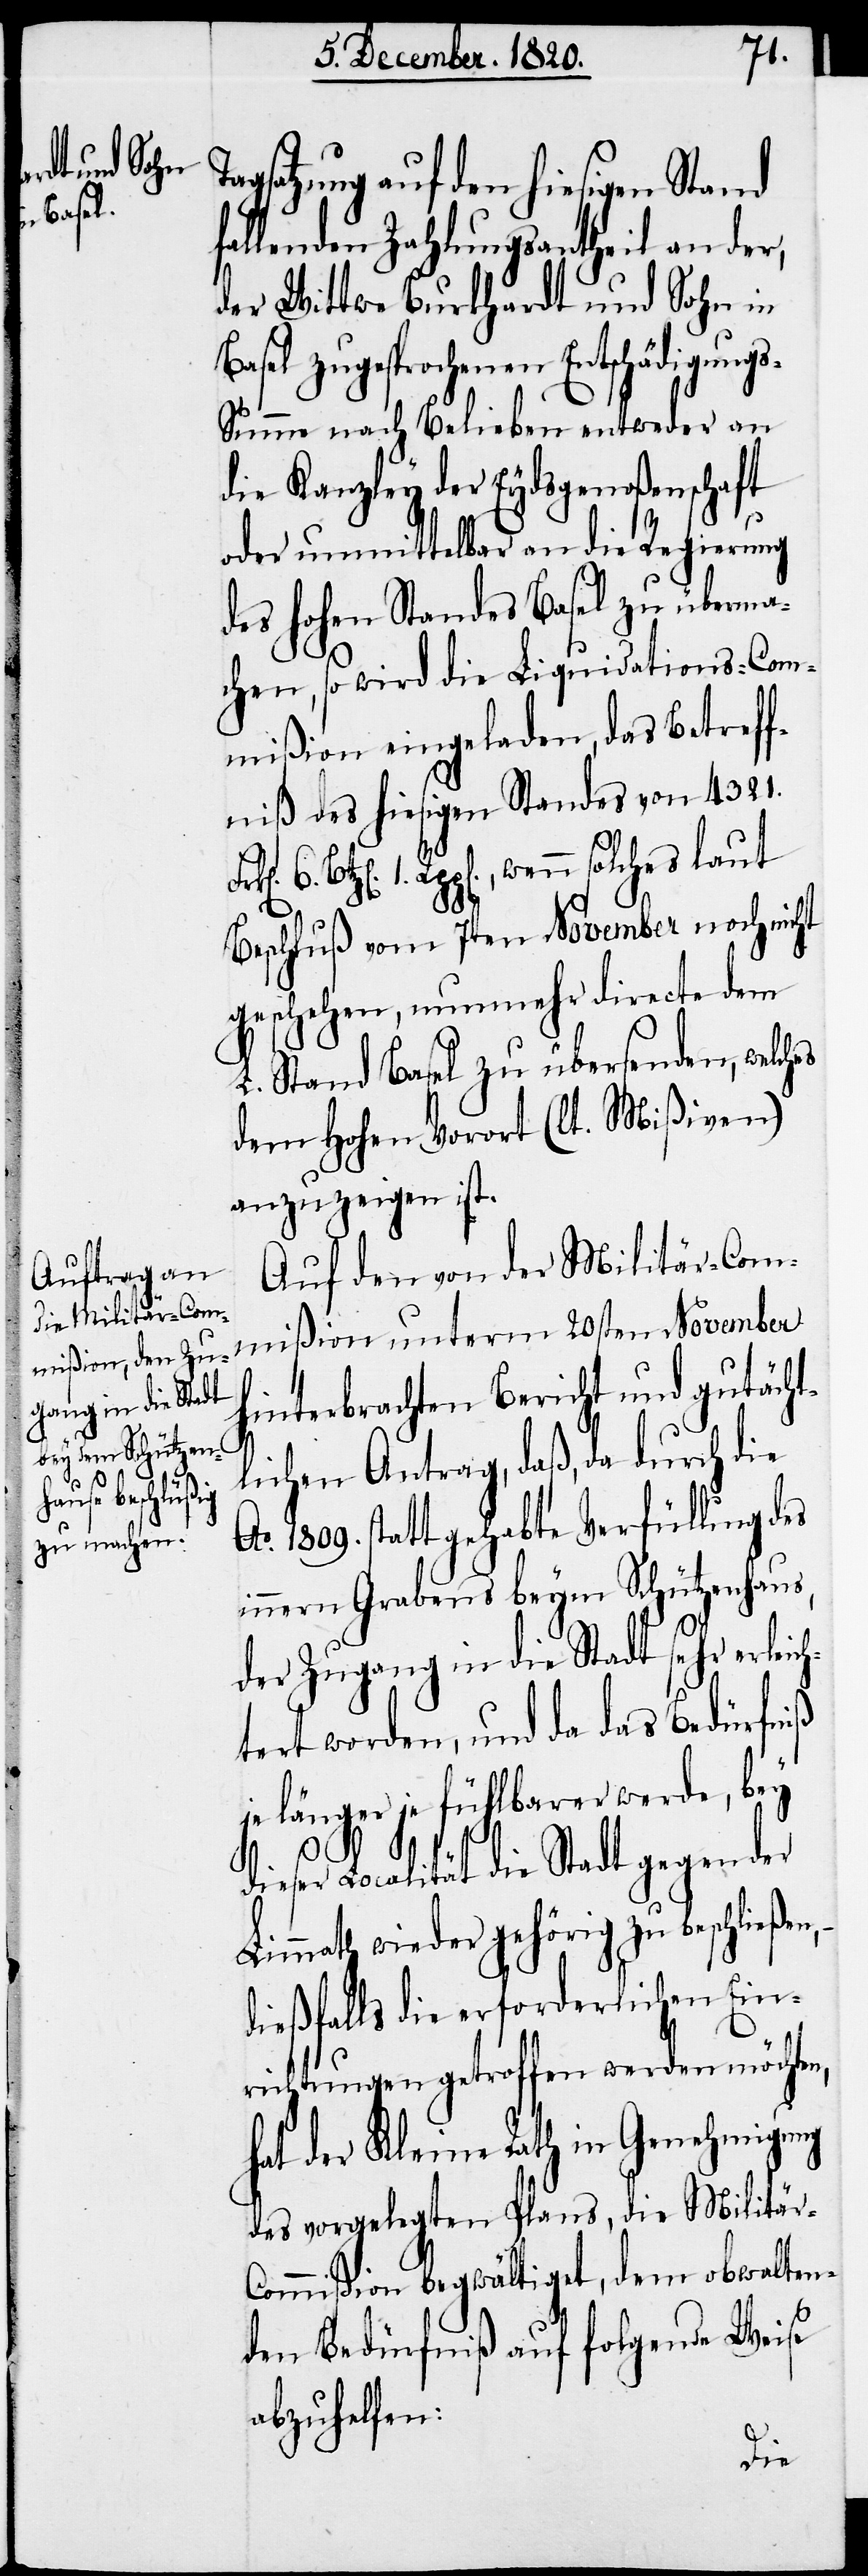
Ta¬
gsatzung auf den hiesigen Stand
fallenden Zahlungsanteil an der,
der Wittwe Burkhardt und Sohn in
Basel zugesprochenen Entschädigung¬
s-Summe nach Belieben entweder an
die Kanzley der Eydsgenoßenschaft
oder unmittelbar an die Regierung
des hohen Standes Basel zu überma¬
chen, so wird die Liquidations-Com¬
mißion eingeladen, das Betreff¬
niß des hiesigen Standes von 4321.
1. Rpp[en]., wenn solches laut
Beschluß vom 7ten November noch nicht
geschehen, nunmehr directe dem
L. Stand Basel zu übersenden, welches
dem hohen Vorort (lt. Mißiven)
anzuzeigen ist.
Auf den von der Militär-Com¬
mißion unterm 20sten November
hinterbrachten Bericht und gutächt¬
lichen Antrag, daß, da durch die
o. 1809. statt gehabte Verfüllung des
innern Grabens beym Schützenhaus,
der Zugang in die Stadt sehr erleic¬
tert worden, und da das Bedürfniß
je länger je fühlbarer werde, bey
h¬
dieser Localität die Stadt gegen der
Limmath wieder gehörig zu beschließen,
dießfalls die erforderlichen Ein¬
richtungen getroffen werden möchte,
hat der Kleine Rath in Genehmigung
des vorgelegten Plans, die Militär-C¬
ommißion begwältiget, dem obwalten¬
den Bedürfniß auf folgende Weise
abzuhelfen: